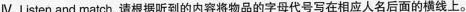
Ⅳ。Listen and match。请根据听到的内容将物品的字母代号写在相应人名后面的横线上。